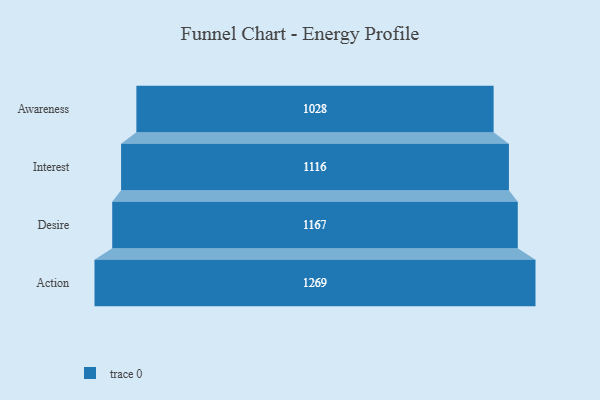
{"axis": {"x": "Stage", "y": "Value"}, "legend": [""], "data": [{"x": "Awareness", "y": 1028.0, "type": ""}, {"x": "Interest", "y": 1116.0, "type": ""}, {"x": "Desire", "y": 1167.0, "type": ""}, {"x": "Action", "y": 1269.0, "type": ""}]}